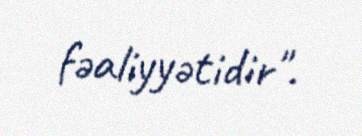
fəaliyyətidir".